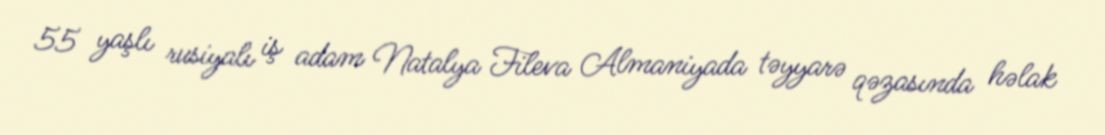
55 yaşlı rusiyalı iş adam Natalya Fileva Almaniyada təyyarə qəzasında həlak